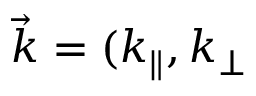
\vec { k } = ( k _ { \parallel } , k _ { \perp }